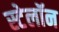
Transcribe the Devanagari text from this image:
स्टेलॉन